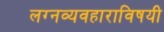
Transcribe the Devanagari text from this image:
लग्नव्यवहाराविषयी